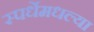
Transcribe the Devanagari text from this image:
स्पर्धेमधल्या